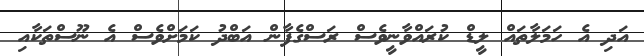
އަދި އެ ހަމަލާތައް ލީޑް ކުރައްވާނީވެސް ރަސްގެފާން އަބްދު ކަމަށްވެސް އެ ނޫސްތަކާއި